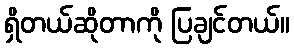
ရှိတယ်ဆိုတာကို ပြချင်တယ်။